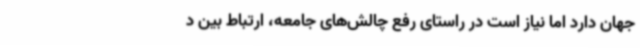
جهان دارد اما نیاز است در راستای رفع چالش‌های جامعه، ارتباط بین د